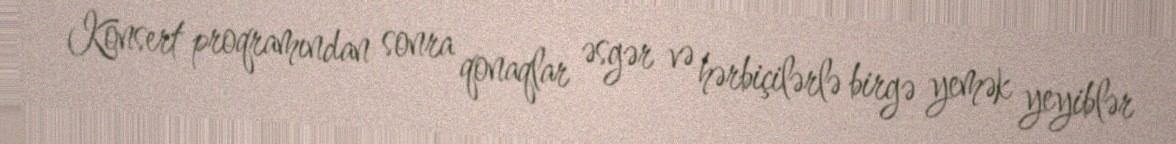
Konsert proqramından sonra qonaqlar əsgər və hərbiçilərlə birgə yemək yeyiblər